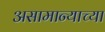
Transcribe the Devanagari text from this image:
असामान्याच्या